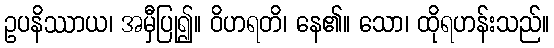
ဥပနိဿာယ၊ အမှီပြု၍။ ဝိဟရတိ၊ နေ၏။ သော၊ ထိုရဟန်းသည်။